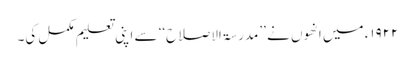
۱۹۲۲ء میں انھوں نے ’’مدرسۃ الاصلاح‘‘ سے اپنی تعلیم مکمل کی۔